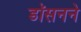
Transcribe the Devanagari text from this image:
डॉसनने